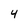
Character: 4